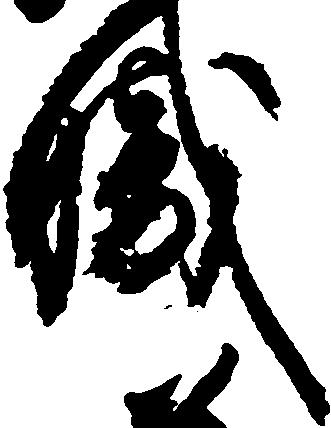
職